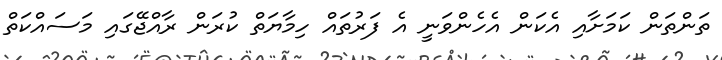
ތަންތަން ކަމަށާއި އެކަން އެހެންވަނީ އެ ފަރުތައް ހިމާޔަތް ކުރަން ރާއްޖޭގައި މަސައްކަތް